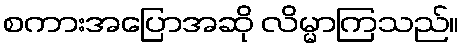
စကားအပြောအဆို လိမ္မာကြသည်။